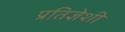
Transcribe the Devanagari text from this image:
प्रतिज्ञेशी